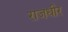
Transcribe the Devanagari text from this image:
राजधीर